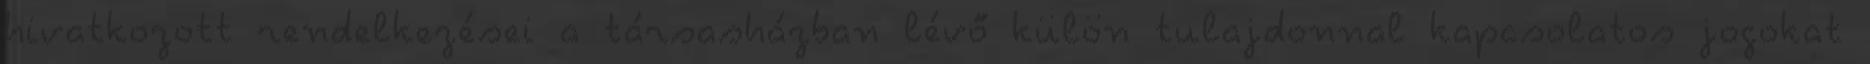
hivatkozott rendelkezései a társasházban lévő külön tulajdonnal kapcsolatos jogokat